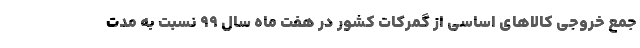
جمع خروجی کالاهای اساسی از گمرکات کشور در هفت ماه سال ۹۹ نسبت به مدت